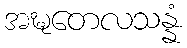
အဍ္ဎတေလသန္နံ